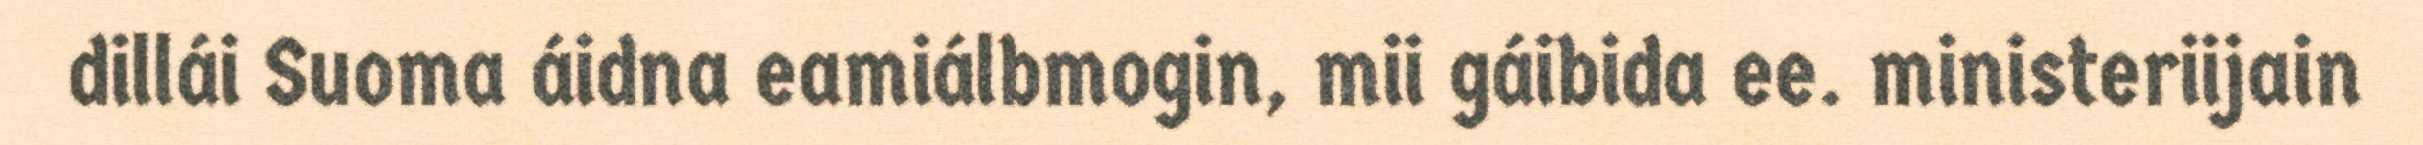
dillái Suoma áidna eamiálbmogin, mii gáibida ee. ministeriijain